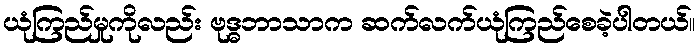
ယုံကြည်မှုကိုလည်း ဗုဒ္ဓဘာသာက ဆက်လက်ယုံကြည်စေခဲ့ပါတယ်။